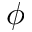
\phi